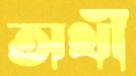
অর্থী